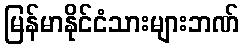
မြန်မာနိုင်ငံသားများဘဏ်